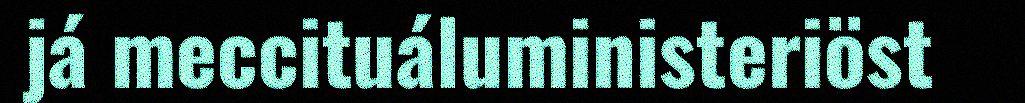
já meccituáluministeriöst